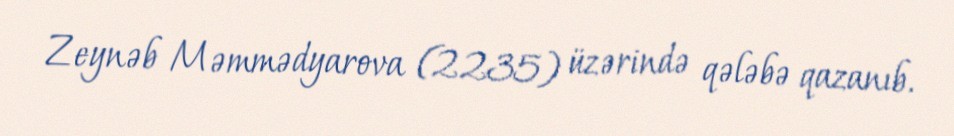
Zeynəb Məmmədyarova (2235) üzərində qələbə qazanıb.